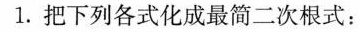
1.把下列各式化成最简二次根式：